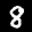
Label: 8